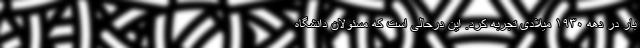
بار در دهه ۱۹۳۰ میلادی تجربه کرد. این درحالی است که مسئولان دانشگاه